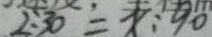
2 : 3 0 = x : 9 0